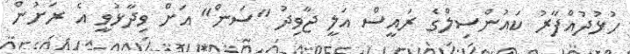
ހުޅުދުއްފާރު ކައުންސިލްގެ ރައީސް އަލީ ޖާވިދު "ސަން" އަށް ވިދާޅުވީ އެ ރަށުން